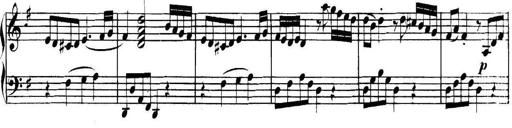
Title: Collected Piano Sonatas
Composer: Muzio Clementi